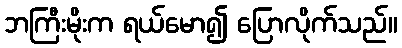
ဘကြီးမိုးက ရယ်မော၍ ပြောလိုက်သည်။